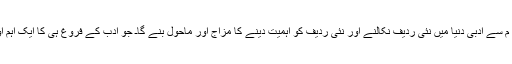
کہ اس منفرد پروگرا م سے ادبی دنیا میں نئی ردیف نکالنے اور نئی ردیف کو اہمیت دینے کا مزاج اور ماحول بنے گاـ جو ادب کے فروغ ہی کا ایک اہم اور بنیادی حصہ ہے۔